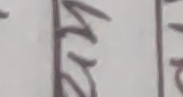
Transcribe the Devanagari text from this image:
कर